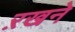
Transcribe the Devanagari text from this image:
ऱखने